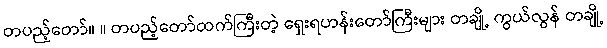
တပည့်တော်။ ။ တပည့်တော်ထက်ကြီးတဲ့ ရှေးရဟန်းတော်ကြီးများ တချို့ ကွယ်လွန် တချို့